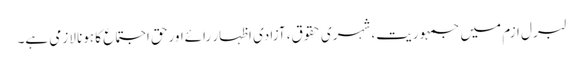
لبرل ازم میں جمہوریت، شہری حقوق، آزادی اظہار رائےاورحق اجتماع کا ہونا لازمی ہے۔